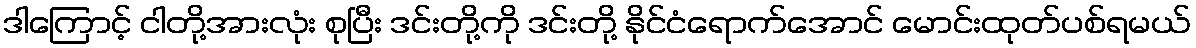
ဒါကြောင့် ငါတို့အားလုံး စုပြီး ဒင်းတို့ကို ဒင်းတို့ နိုင်ငံရောက်အောင် မောင်းထုတ်ပစ်ရမယ်